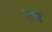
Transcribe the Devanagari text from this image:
लगु